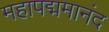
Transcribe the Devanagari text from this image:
महापद्ममानंद